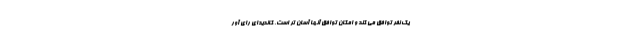
یک نفر توافق می کند و امکان توافق آنها آسان تر است. کاندیدای رای آور